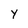
Character: Y